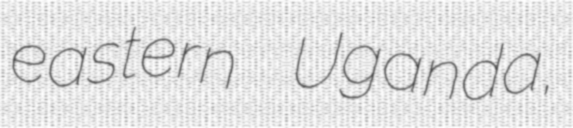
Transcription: eastern Uganda,